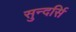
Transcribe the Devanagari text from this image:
सुन्दर्सि